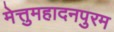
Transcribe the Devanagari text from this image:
मेत्तुमहादनपुरम